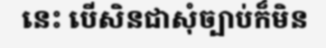
នេះ បើសិនជាសុំច្បាប់ក៏មិន